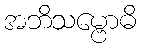
အဘိသမ္ဗောဓိ